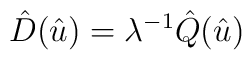
\hat{D}(\hat{u})= \lambda^{-1}\hat{Q}(\hat{u})